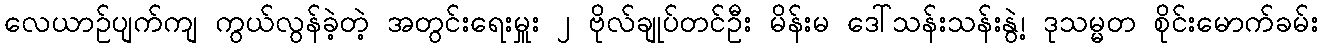
လေယာဉ်ပျက်ကျ ကွယ်လွန်ခဲ့တဲ့ အတွင်းရေးမှူး ၂ ဗိုလ်ချုပ်တင်ဦး မိန်းမ ဒေါ်သန်းသန်းနွဲ့၊ ဒုသမ္မတ စိုင်းမောက်ခမ်း